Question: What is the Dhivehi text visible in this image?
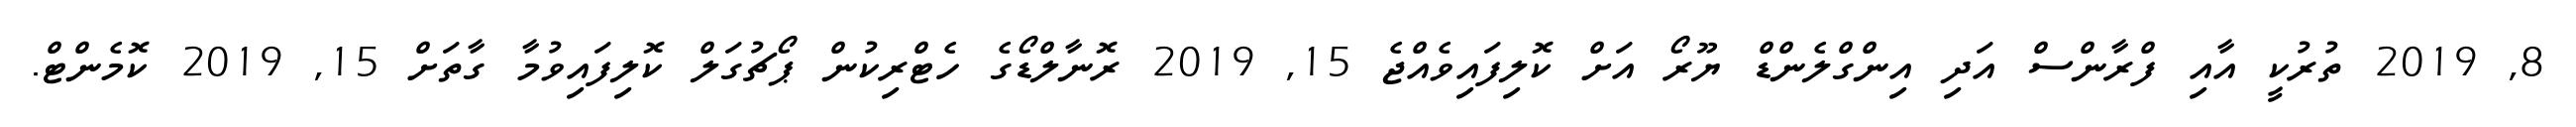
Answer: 8, 2019 ތުރުކީ އާއި ފްރާންސް އަދި އިންގްލެންޑް ޔޫރޯ އަށް ކޮލިފައިވެއްޖެ 15, 2019 ރޮނާލްޑޯގެ ހެޓްރިކުން ޕޯޗުގަލް ކޮލިފައިވުމާ ގާތަށް 15, 2019 ކޮމެންޓް.